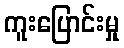
ကူးပြောင်းမှု